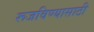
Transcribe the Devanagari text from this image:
रूजविण्यासाठी